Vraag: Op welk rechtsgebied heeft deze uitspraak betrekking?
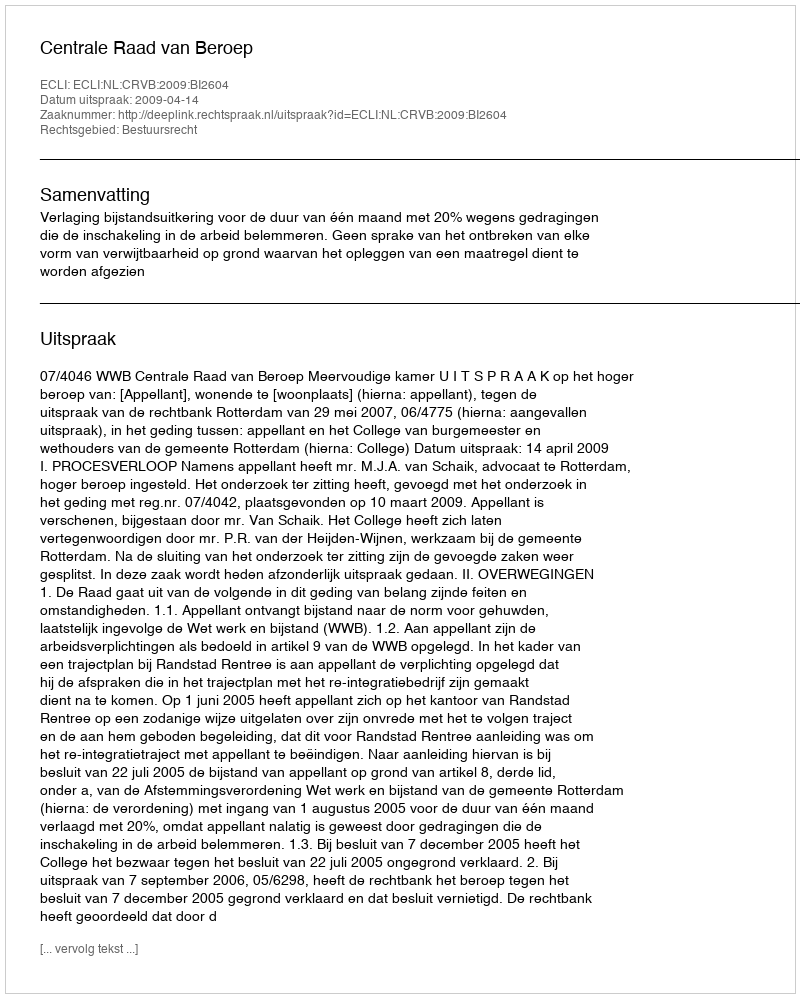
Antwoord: Bestuursrecht